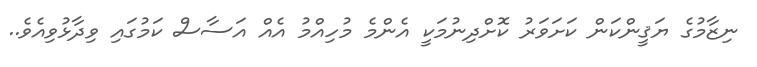
ނިޒާމުގެ ޔަޤީންކަން ކަށަވަރު ކޮށްދިނުމަކީ އެންމެ މުހިއްމު އެއް އަސާސް ކަމުގައި ވިދާޅުވިއެވެ..